Plague in India, 1896, 1897 - Volume 3
Year: 1896
Disease focus: Plague
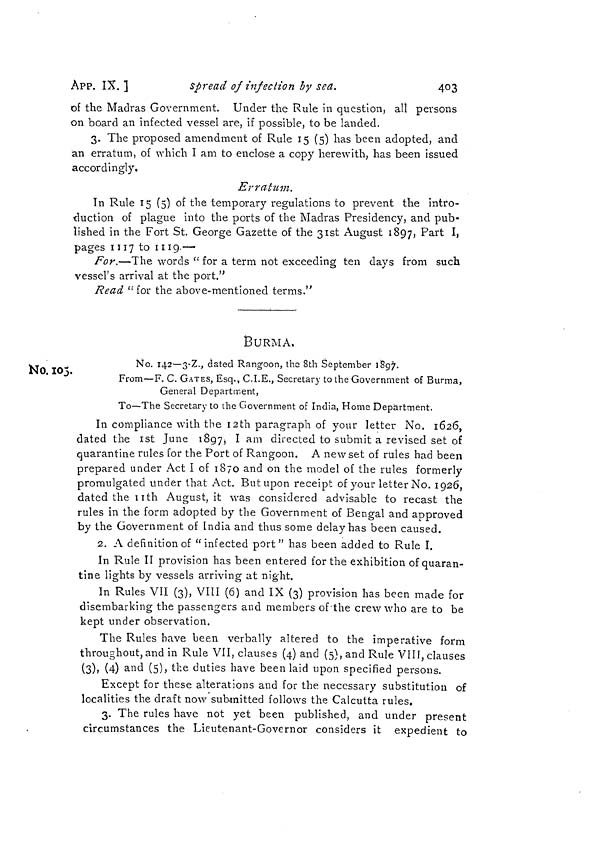
403
APP. IX. ]
Spread of infection by sea.
of the Madras Government. Under the Rule in question, all persons
on board an infected vessel are, if possible, to be landed.
3. The proposed amendment of Rule 15 (5) has been adopted, and
an erratum, of which I am to enclose a copy herewith, has been issued
accordingly.
Erratum.
In Rule 15 (5) of the temporary regulations to prevent the intro-
duction of plague into the ports of the Madras Presidency, and pub-
lished in the Fort St. George Gazette of the 31st August 1897, P art I,
pages 1117 to 1119.—
For.—The words "for a term not exceeding ten days from such
vessel's arrival at the port."
Read " for the above-mentioned terms."
BURMA.
No. 105.
No. 142—3-Z., dated Rangoon, the 8th September 1897.
From—F. C. GATES, Esq., C.I.E., Secretary to the Government of Burma,
General Department,
To—The Secretary to the Government of India, Home Department.
In compliance with the 12th paragraph of your letter No. 1626,
dated the 1st June 1897, I am directed to submit a revised set of
quarantine rules for the Port of Rangoon. A new set of rules had been
prepared under Act I of 1870 and on the model of the rules formerly
promulgated under that Act. But upon receipt of your letter No. 1926,
dated the 11th August, it was considered advisable to recast the
rules in the form adopted by the Government of Bengal and approved
by the Government of India and thus some delay has been caused.
2. A definition of "infected port" has been added to Rule I.
In Rule II provision has been entered for the exhibition of quaran-
tine lights by vessels arriving at night.
In Rules VII (3), VIII (6) and IX (3) provision has been made for
disembarking the passengers and members of the crew who are to be
kept under observation.
The Rules have been verbally altered to the imperative form
throughout, and in Rule VII, clauses (4) and (5), and Rule VIII, clauses
(3), (4) and (5), the duties have been laid upon specified persons.
Except for these alterations and for the necessary substitution of
localities the draft now submitted follows the Calcutta rules.
3. The rules have not yet been published, and under present
circumstances the Lieutenant-Governor considers it expedient to